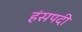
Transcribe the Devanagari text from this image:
हंसपदी